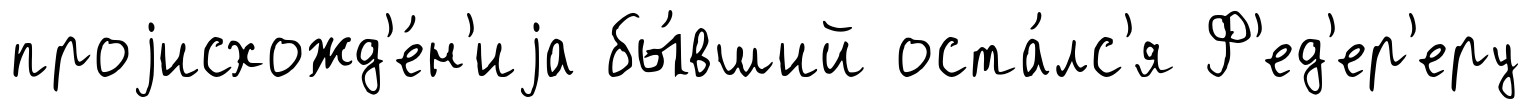
проjисхожд'е́н'иjа бы́вший оста́лс'я Ф'ед'ер'еру